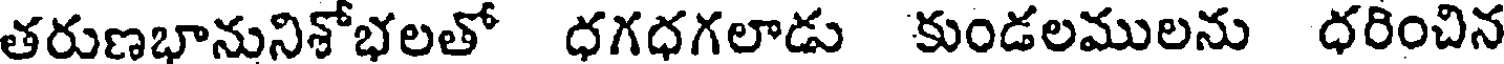
తరుణభానునిశోభలతో ధగధగలాడు కుండలములను ధరించిన